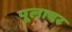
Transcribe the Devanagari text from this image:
पूलावर